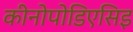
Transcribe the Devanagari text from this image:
कीनोपोडिएसिइ